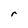
Character: r